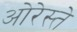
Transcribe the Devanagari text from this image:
ओरेस्ते